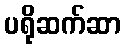
ပရိုဆက်ဆာ